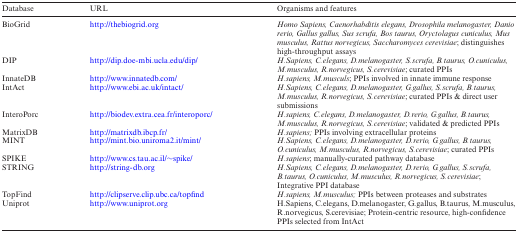
<table><thead><tr><td><b>Database</b></td><td><b>URL</b></td><td><b>Organisms and features</b></td></tr></thead><tbody><tr><td>BioGrid</td><td>http://thebiogrid.org</td><td><i>Homo Sapiens, Caenorhabditis elegans, Drosophila melanogaster, Danio rerio, Gallus gallus, Sus scrufa, Bos taurus, Oryctolagus cuniculus, Mus musculus, Rattus norvegicus, Saccharomyces cerevisiae</i>; distinguishes high-throughput assays</td></tr><tr><td>DIP</td><td>http://dip.doe-mbi.ucla.edu/dip/</td><td><i>H.Sapiens, C.elegans, D.melanogaster, S.scrufa, B.taurus, O.cuniculus, M.musculus, R.norvegicus, S.cerevisiae</i>; curated PPIs</td></tr><tr><td>InnateDB</td><td>http://www.innatedb.com/</td><td><i>H.sapiens, M.musculs</i>; PPIs involved in innate immune response</td></tr><tr><td>IntAct</td><td>http://www.ebi.ac.uk/intact/</td><td><i>H.Sapiens, C.elegans, D.melanogaster, G.gallus, S.scrufa, B.taurus, M.musculus, R.norvegicus, S.cerevisiae</i>; curated PPIs &amp; direct user submissions</td></tr><tr><td>InteroPorc</td><td>http://biodev.extra.cea.fr/interoporc/</td><td><i>H.sapiens, C.elegans, D.melanogaster, D.rerio, G.gallus, B.taurus, M.musculus, R.norvegicus, S.cerevisiae</i>; validated &amp; predicted PPIs</td></tr><tr><td>MatrixDB</td><td>http://matrixdb.ibcp.fr/</td><td><i>H.sapiens;</i> PPIs involving extracellular proteins</td></tr><tr><td>MINT</td><td>http://mint.bio.uniroma2.it/mint/</td><td><i>H.Sapiens, C.elegans, D.melanogaster, D.rerio, G.gallus, B.taurus, O.cuniculus, M.musculus, R.norvegicus, S.cerevisiae</i>; curated PPIs</td></tr><tr><td>SPIKE</td><td>http://www.cs.tau.ac.il/∼spike/</td><td><i>H.sapiens</i>; manually-curated pathway database</td></tr><tr><td>STRING</td><td>http://string-db.org</td><td><i>H.Sapiens, C.elegans, D.melanogaster, D.rerio, G.gallus, S.scrufa, B.taurus, O.cuniculus, M.musculus, R.norvegicus, S.cerevisiae</i>; Integrative PPI database</td></tr><tr><td>TopFind</td><td>http://clipserve.clip.ubc.ca/topfind</td><td><i>H.sapiens, M.musculus;</i> PPIs between proteases and substrates</td></tr><tr><td>Uniprot</td><td>http://www.uniprot.org</td><td>H.Sapiens, C.elegans, D.melanogaster, G.gallus, B.taurus, M.musculus, R.norvegicus, S.cerevisiae; Protein-centric resource, high-confidence PPIs selected from IntAct</td></tr></tbody></table>